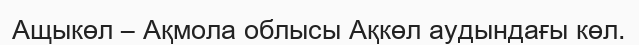
Ащыкөл – Ақмола облысы Ақкөл аудындағы көл.